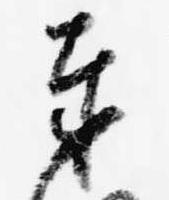
奉